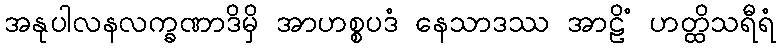
အနုပါလနလက္ခဏာဒိမှိ အာဟစ္စပဒံ နေသာဒဿ အာဠိံ ဟတ္ထိသရီရံ